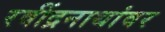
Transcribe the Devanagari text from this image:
रवींद्रनाथांवर